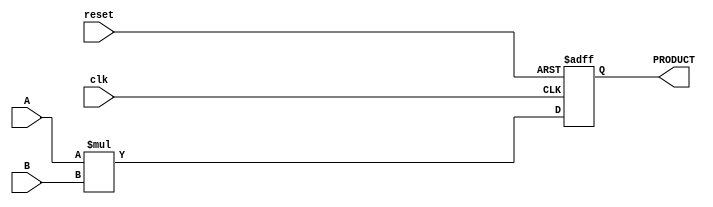
module Param_Multiplier #(
    parameter WIDTH_A = 8,           // Bit-width of first input
    parameter WIDTH_B = 8,           // Bit-width of second input
    parameter WIDTH_OUT = WIDTH_A + WIDTH_B // Bit-width of output (product)
)(
    input wire clk,                  // Clock signal
    input wire reset,                // Reset signal
    input wire [WIDTH_A-1:0] A,     // First input operand
    input wire [WIDTH_B-1:0] B,     // Second input operand
    output reg [WIDTH_OUT-1:0] PRODUCT // Product output
);

// Behavioral multiplication
always @(posedge clk or posedge reset) begin
    if (reset) begin
        PRODUCT <= 0;               // Reset output to 0
    end else begin
        PRODUCT <= A * B;           // Multiply A and B
    end
end

endmodule